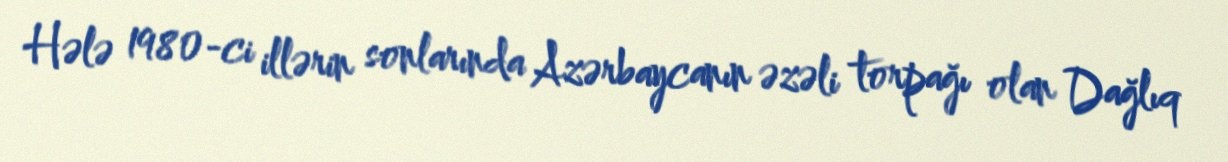
Hələ 1980-ci illərin sonlarında Azərbaycanın əzəli torpağı olan Dağlıq